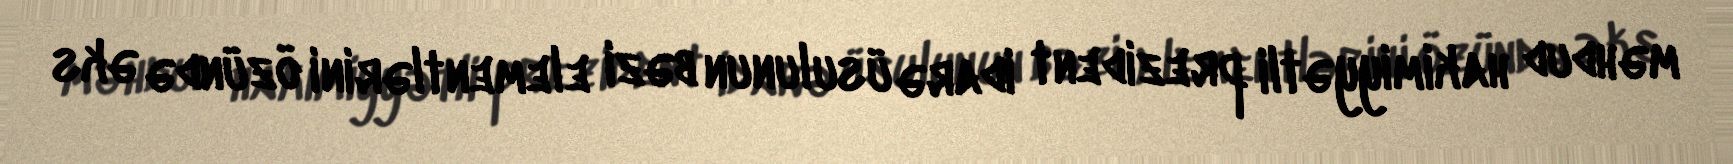
məhdud hakimiyyətli prezident idarə üsulunun bəzi elementlərini özündə əks